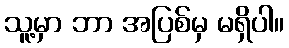
သူ့မှာ ဘာ အပြစ်မှ မရှိပါ။